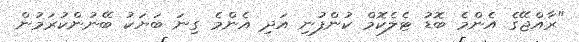
"ރާއްޖޭގެ އެންމެ ބޮޑު ޓެލެކޮމް ކުންފުނި އަދި އެންމެ ގިނަ ބަޔަކު ބޭނުންކުރަމުން